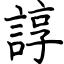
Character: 諄